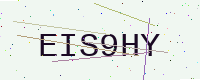
Text: EIS9HY